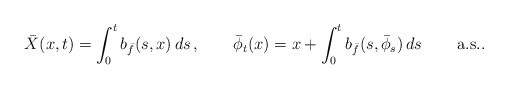
\begin{align*}\bar{X}(x,t)=\int_{0}^{t}b_{\bar{f}}(s,x)\, ds\,,\qquad\bar{\phi}_{t}(x)=x+\int_{0}^{t}b_{\bar{f}}(s,\bar{\phi}_{s})\, ds\,\qquad\mbox{a.s..}\end{align*}